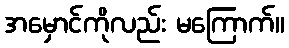
အမှောင်ကိုလည်း မကြောက်။